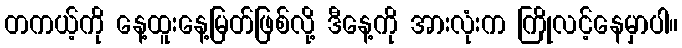
တကယ့်ကို နေ့ထူးနေ့မြတ်ဖြစ်လို့ ဒီနေ့ကို အားလုံးက ကြိုလင့်နေမှာပါ။